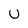
Character: U